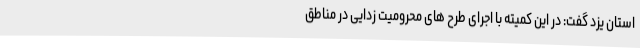
استان یزد گفت: در این کمیته با اجرای طرح های محرومیت زدایی در مناطق